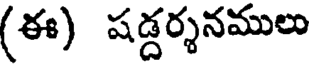
(ఈ) షడ్దర్శనములు